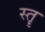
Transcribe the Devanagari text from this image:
स्‍तॄ